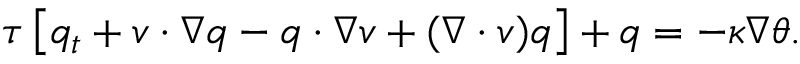
\tau \left[ q _ { t } + v \cdot \nabla q - q \cdot \nabla v + ( \nabla \cdot v ) q \right] + q = - \kappa \nabla \theta .